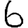
Digit: 6